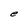
Character: e